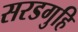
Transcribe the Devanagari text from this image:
सरडगुहि